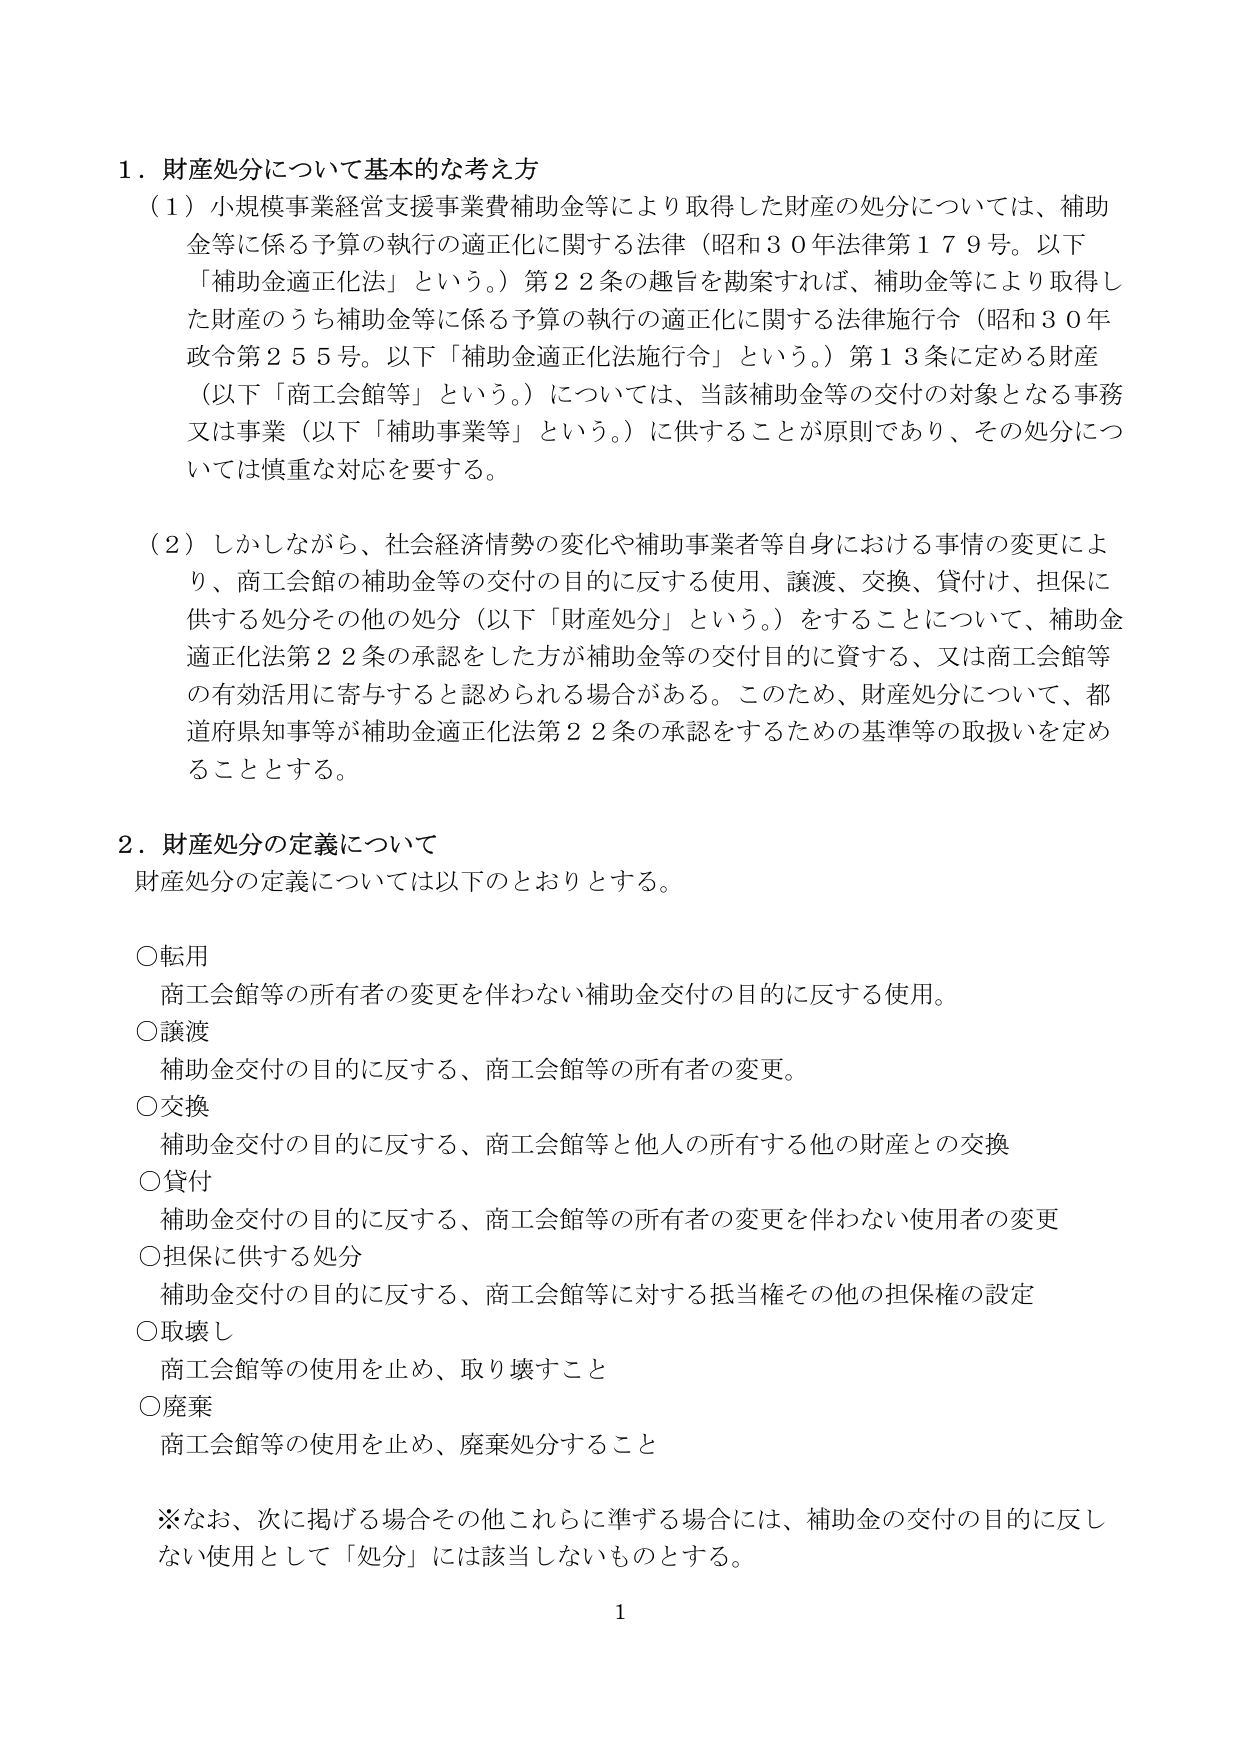
1．財産処分について基本的な考え方
（1）小規模事業経営支援事業費補助金等により取得した財産の処分については、補助金等に係る予算の執行の適正化に関する法律（昭和30年法律第179号。以下「補助金適正化法」という。）第22条の趣旨を勘案すれば、補助金等により取得した財産のうち補助金等に係る予算の執行の適正化に関する法律施行令（昭和30年政令第255号。以下「補助金適正化法施行令」という。）第13条に定める財産（以下「商工会館等」という。）については、当該補助金等の交付の対象となる事務又は事業（以下「補助事業等」という。）に供することが原則であり、その処分については慎重な対応を要する。

（2）しかしながら、社会経済情勢の変化や補助事業者等自身における事情の変更により、商工会館の補助金等の交付の目的に反する使用、譲渡、交換、貸付け、担保に供する処分その他の処分（以下「財産処分」という。）をすることについて、補助金適正化法第22条の承認をした方が補助金等の交付目的に資する、又は商工会館等の有効活用に寄与すると認められる場合がある。このため、財産処分について、都道府県知事等が補助金適正化法第22条の承認をするための基準等の取扱いを定めることとする。

2．財産処分の定義について
財産処分の定義については以下のとおりとする。

○転用
　商工会館等の所有者の変更を伴わない補助金交付の目的に反する使用。
○譲渡
　補助金交付の目的に反する、商工会館等の所有者の変更。
○交換
　補助金交付の目的に反する、商工会館等と他人の所有する他の財産との交換
○貸付
　補助金交付の目的に反する、商工会館等の所有者の変更を伴わない使用者の変更
○担保に供する処分
　補助金交付の目的に反する、商工会館等に対する抵当権その他の担保権の設定
○取壊し
　商工会館等の使用を止め、取り壊すこと
○廃棄
　商工会館等の使用を止め、廃棄処分すること

※なお、次に掲げる場合その他これらに準ずる場合には、補助金の交付の目的に反しない使用として「処分」には該当しないものとする。

1